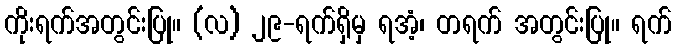
ကိုးရက်အတွင်းပြု။ (လ) ၂၉-ရက်ရှိမှ ရအံ့၊ တရက် အတွင်းပြု။ ရက်